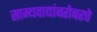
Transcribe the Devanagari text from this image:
साम्यवाद्यांबरोबरचे